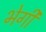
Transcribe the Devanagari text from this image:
भेगी